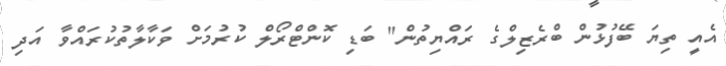
އެއީ ތިޔަ ބޭފުޅުން ބްރެޒިލްގެ ރައްޔިތުން" ބަޑި ކޮންޓްރޯލް ކުރުމަށް ވަކާލާތުކުރައްވާ އަދި